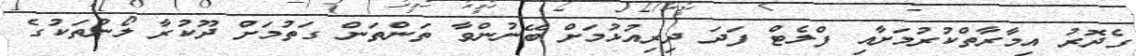
ގެދޮރު އިމާރާތްކުރުމަށާއި ފްލެޓް ފަދަ ދިރިއުޅުމަށް ބޭނުންވާ ތަންތަން ގަތުމަށް ދޫކުރާ ލޯނުތަކުގެ